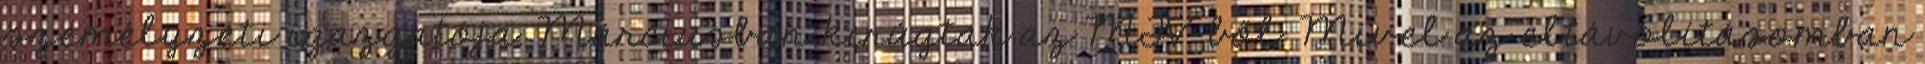
sze­mélyze­ti igazgató­ja. Márciusban kirúgtak az MTV-ből. Mivel az eltávolí­tá­som­ban